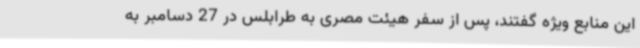
این منابع ویژه گفتند، پس از سفر هیئت مصری به طرابلس در 27 دسامبر به